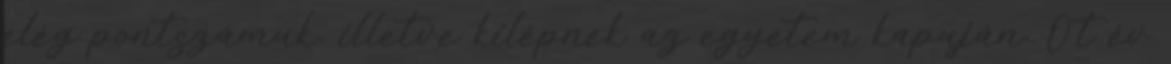
elég pontszámuk, illetve kilépnek az egyetem kapuján. Öt év